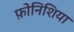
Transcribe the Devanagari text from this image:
फ़ोनिशिया